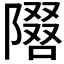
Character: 𫕓